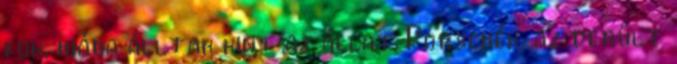
fok, hiába álltak kint az állat Porschék, az derült